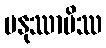
မနုဿာပိဿ